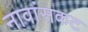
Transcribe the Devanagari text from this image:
नावांसकट